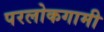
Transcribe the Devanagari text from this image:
परलोकगामी